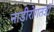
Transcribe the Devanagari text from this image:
नाड़ीरोगतज्ञों